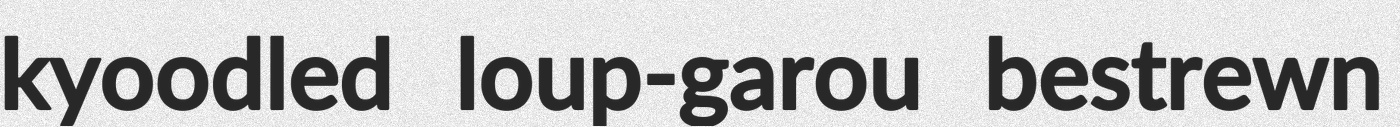
kyoodled loup-garou bestrewn